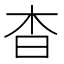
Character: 杳